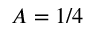
A = 1 / 4